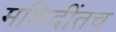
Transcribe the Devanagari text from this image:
मशिदींतच